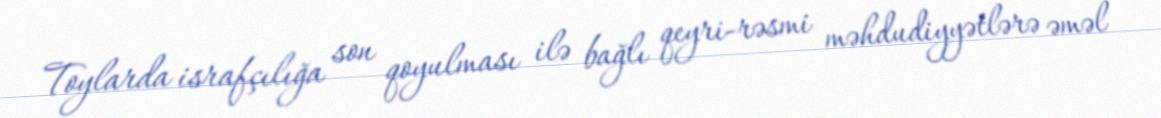
Toylarda israfçılığa son qoyulması ilə bağlı qeyri-rəsmi məhdudiyyətlərə əməl